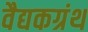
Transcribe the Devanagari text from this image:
वैद्यकग्रंथ